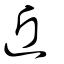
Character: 近